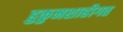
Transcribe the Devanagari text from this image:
हुकुमशाहीगत